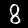
Label: 8